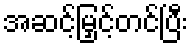
အဆင့်မြှင့်တင်ပြီး